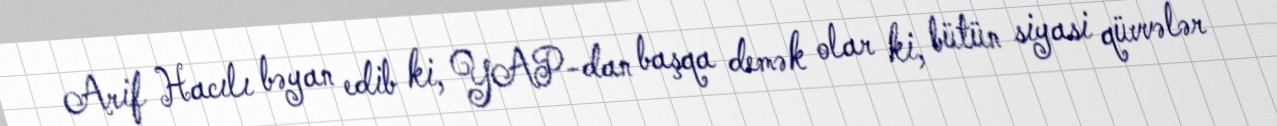
Arif Hacılı bəyan edib ki, YAP-dan başqa demək olar ki, bütün siyasi qüvvələr